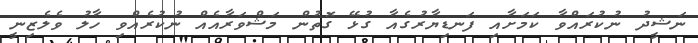
ނަޝީދު ނުކުރައްވާ ކަމަށާއި ފަނޑިޔާރުގެއާ ގުޅޭ ގޮތުން މަޝްވަރާއެއް ނުކުރެއްވި ހާލު ވެލެޒިނީ